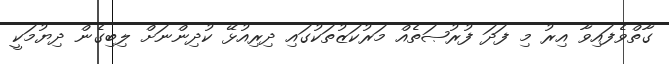
ގާތްވެފައިވާ އިރު މި ފަދަ ފުރުޞަތެއް މަރުކަޒުތަކުގައި ދިރިއުޅޭ ކުދިންނަށް ލިބިގެން ދިޔުމަކީ